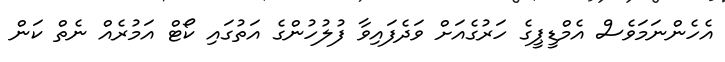
އެހެންނަމަވެސް އެމްޑީޕީގެ ހަރުގެއަށް ވަދެފައިވާ ފުލުހުންގެ އަތުގައި ކޯޓް އަމުރެއް ނެތް ކަން